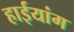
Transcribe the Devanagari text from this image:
हाईयांग